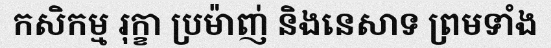
កសិកម្ម រុក្ខា ប្រម៉ាញ់ និងនេសាទ ព្រមទាំង